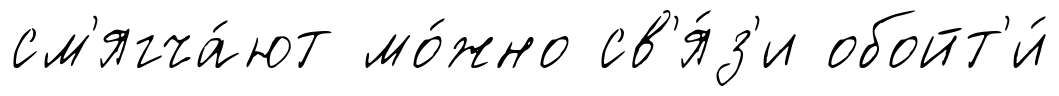
см'ягча́ют мо́жно св'я́з'и обойт'и́